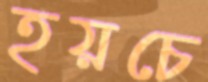
হয়চে